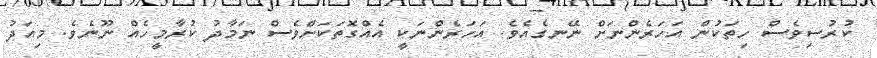
ކުރުސިވެސް ހިތަކުން އަހަރެންނަށް ނޭނގެއެވެ. އަހަރެންނަކީ އެއްގޮތަކަށްވެސް ނަމާދު ކުރާމީހެއް ނޫނެވެ. މިއަދު